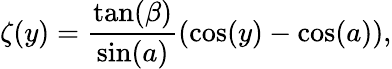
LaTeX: \zeta(y)=\frac{\tan(\beta)}{\sin(a)}\left(\cos(y)-\cos(a)\right),